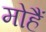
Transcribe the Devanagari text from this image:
मोहैं